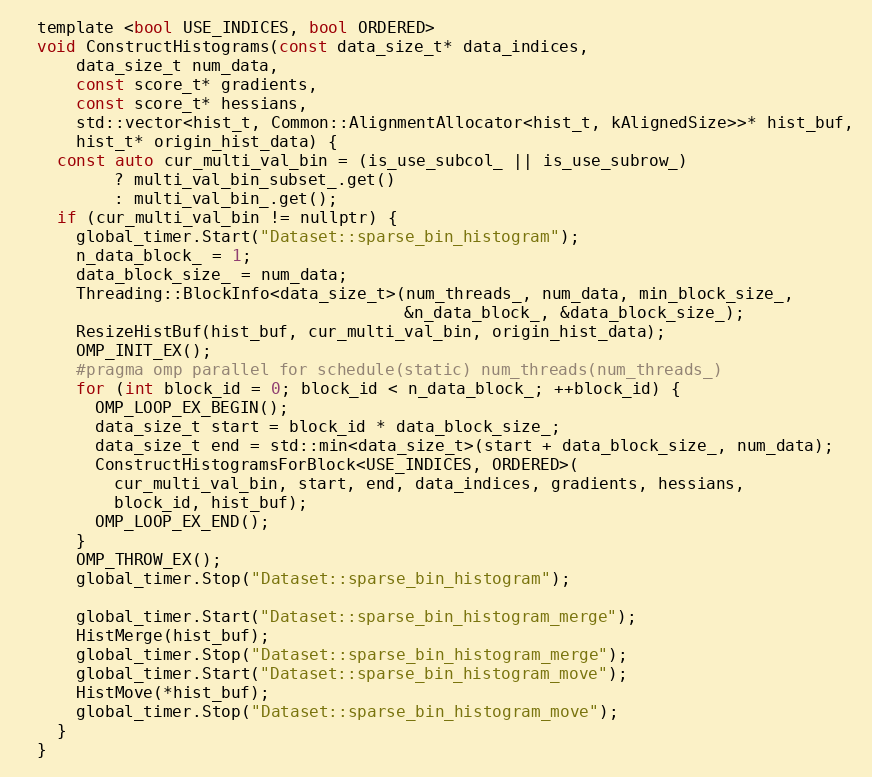
Language: C
  template <bool USE_INDICES, bool ORDERED>
  void ConstructHistograms(const data_size_t* data_indices,
      data_size_t num_data,
      const score_t* gradients,
      const score_t* hessians,
      std::vector<hist_t, Common::AlignmentAllocator<hist_t, kAlignedSize>>* hist_buf,
      hist_t* origin_hist_data) {
    const auto cur_multi_val_bin = (is_use_subcol_ || is_use_subrow_)
          ? multi_val_bin_subset_.get()
          : multi_val_bin_.get();
    if (cur_multi_val_bin != nullptr) {
      global_timer.Start("Dataset::sparse_bin_histogram");
      n_data_block_ = 1;
      data_block_size_ = num_data;
      Threading::BlockInfo<data_size_t>(num_threads_, num_data, min_block_size_,
                                        &n_data_block_, &data_block_size_);
      ResizeHistBuf(hist_buf, cur_multi_val_bin, origin_hist_data);
      OMP_INIT_EX();
      #pragma omp parallel for schedule(static) num_threads(num_threads_)
      for (int block_id = 0; block_id < n_data_block_; ++block_id) {
        OMP_LOOP_EX_BEGIN();
        data_size_t start = block_id * data_block_size_;
        data_size_t end = std::min<data_size_t>(start + data_block_size_, num_data);
        ConstructHistogramsForBlock<USE_INDICES, ORDERED>(
          cur_multi_val_bin, start, end, data_indices, gradients, hessians,
          block_id, hist_buf);
        OMP_LOOP_EX_END();
      }
      OMP_THROW_EX();
      global_timer.Stop("Dataset::sparse_bin_histogram");

      global_timer.Start("Dataset::sparse_bin_histogram_merge");
      HistMerge(hist_buf);
      global_timer.Stop("Dataset::sparse_bin_histogram_merge");
      global_timer.Start("Dataset::sparse_bin_histogram_move");
      HistMove(*hist_buf);
      global_timer.Stop("Dataset::sparse_bin_histogram_move");
    }
  }